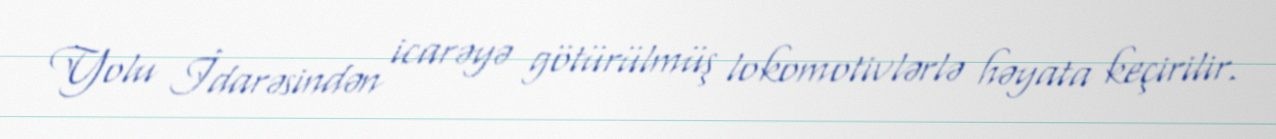
Yolu İdarəsindən icarəyə götürülmüş lokomotivlərlə həyata keçirilir.